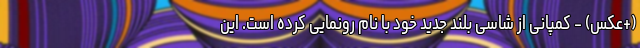
(+عکس) - کمپانی از شاسی بلند جدید خود با نام رونمایی کرده است. این